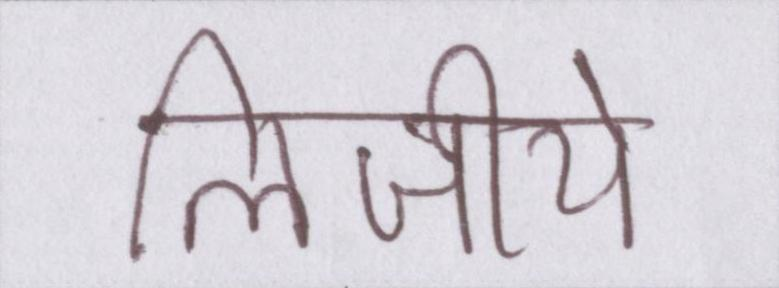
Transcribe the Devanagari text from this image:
लिजीये